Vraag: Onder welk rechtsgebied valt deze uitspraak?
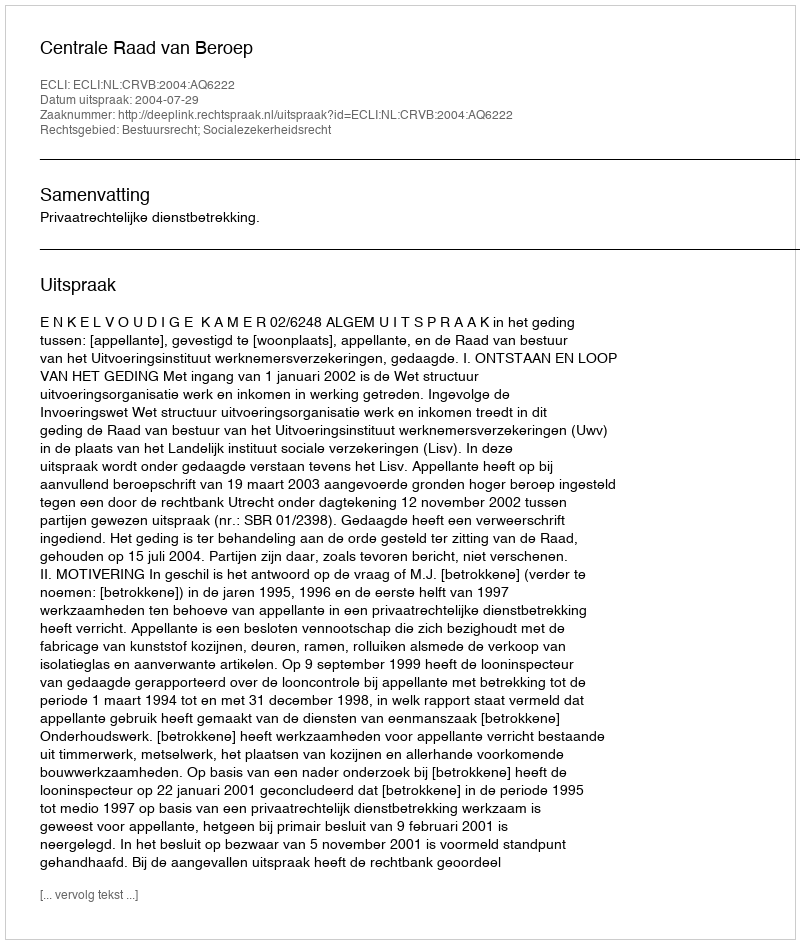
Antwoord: Bestuursrecht; Socialezekerheidsrecht